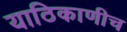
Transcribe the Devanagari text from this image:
याठिकाणीच